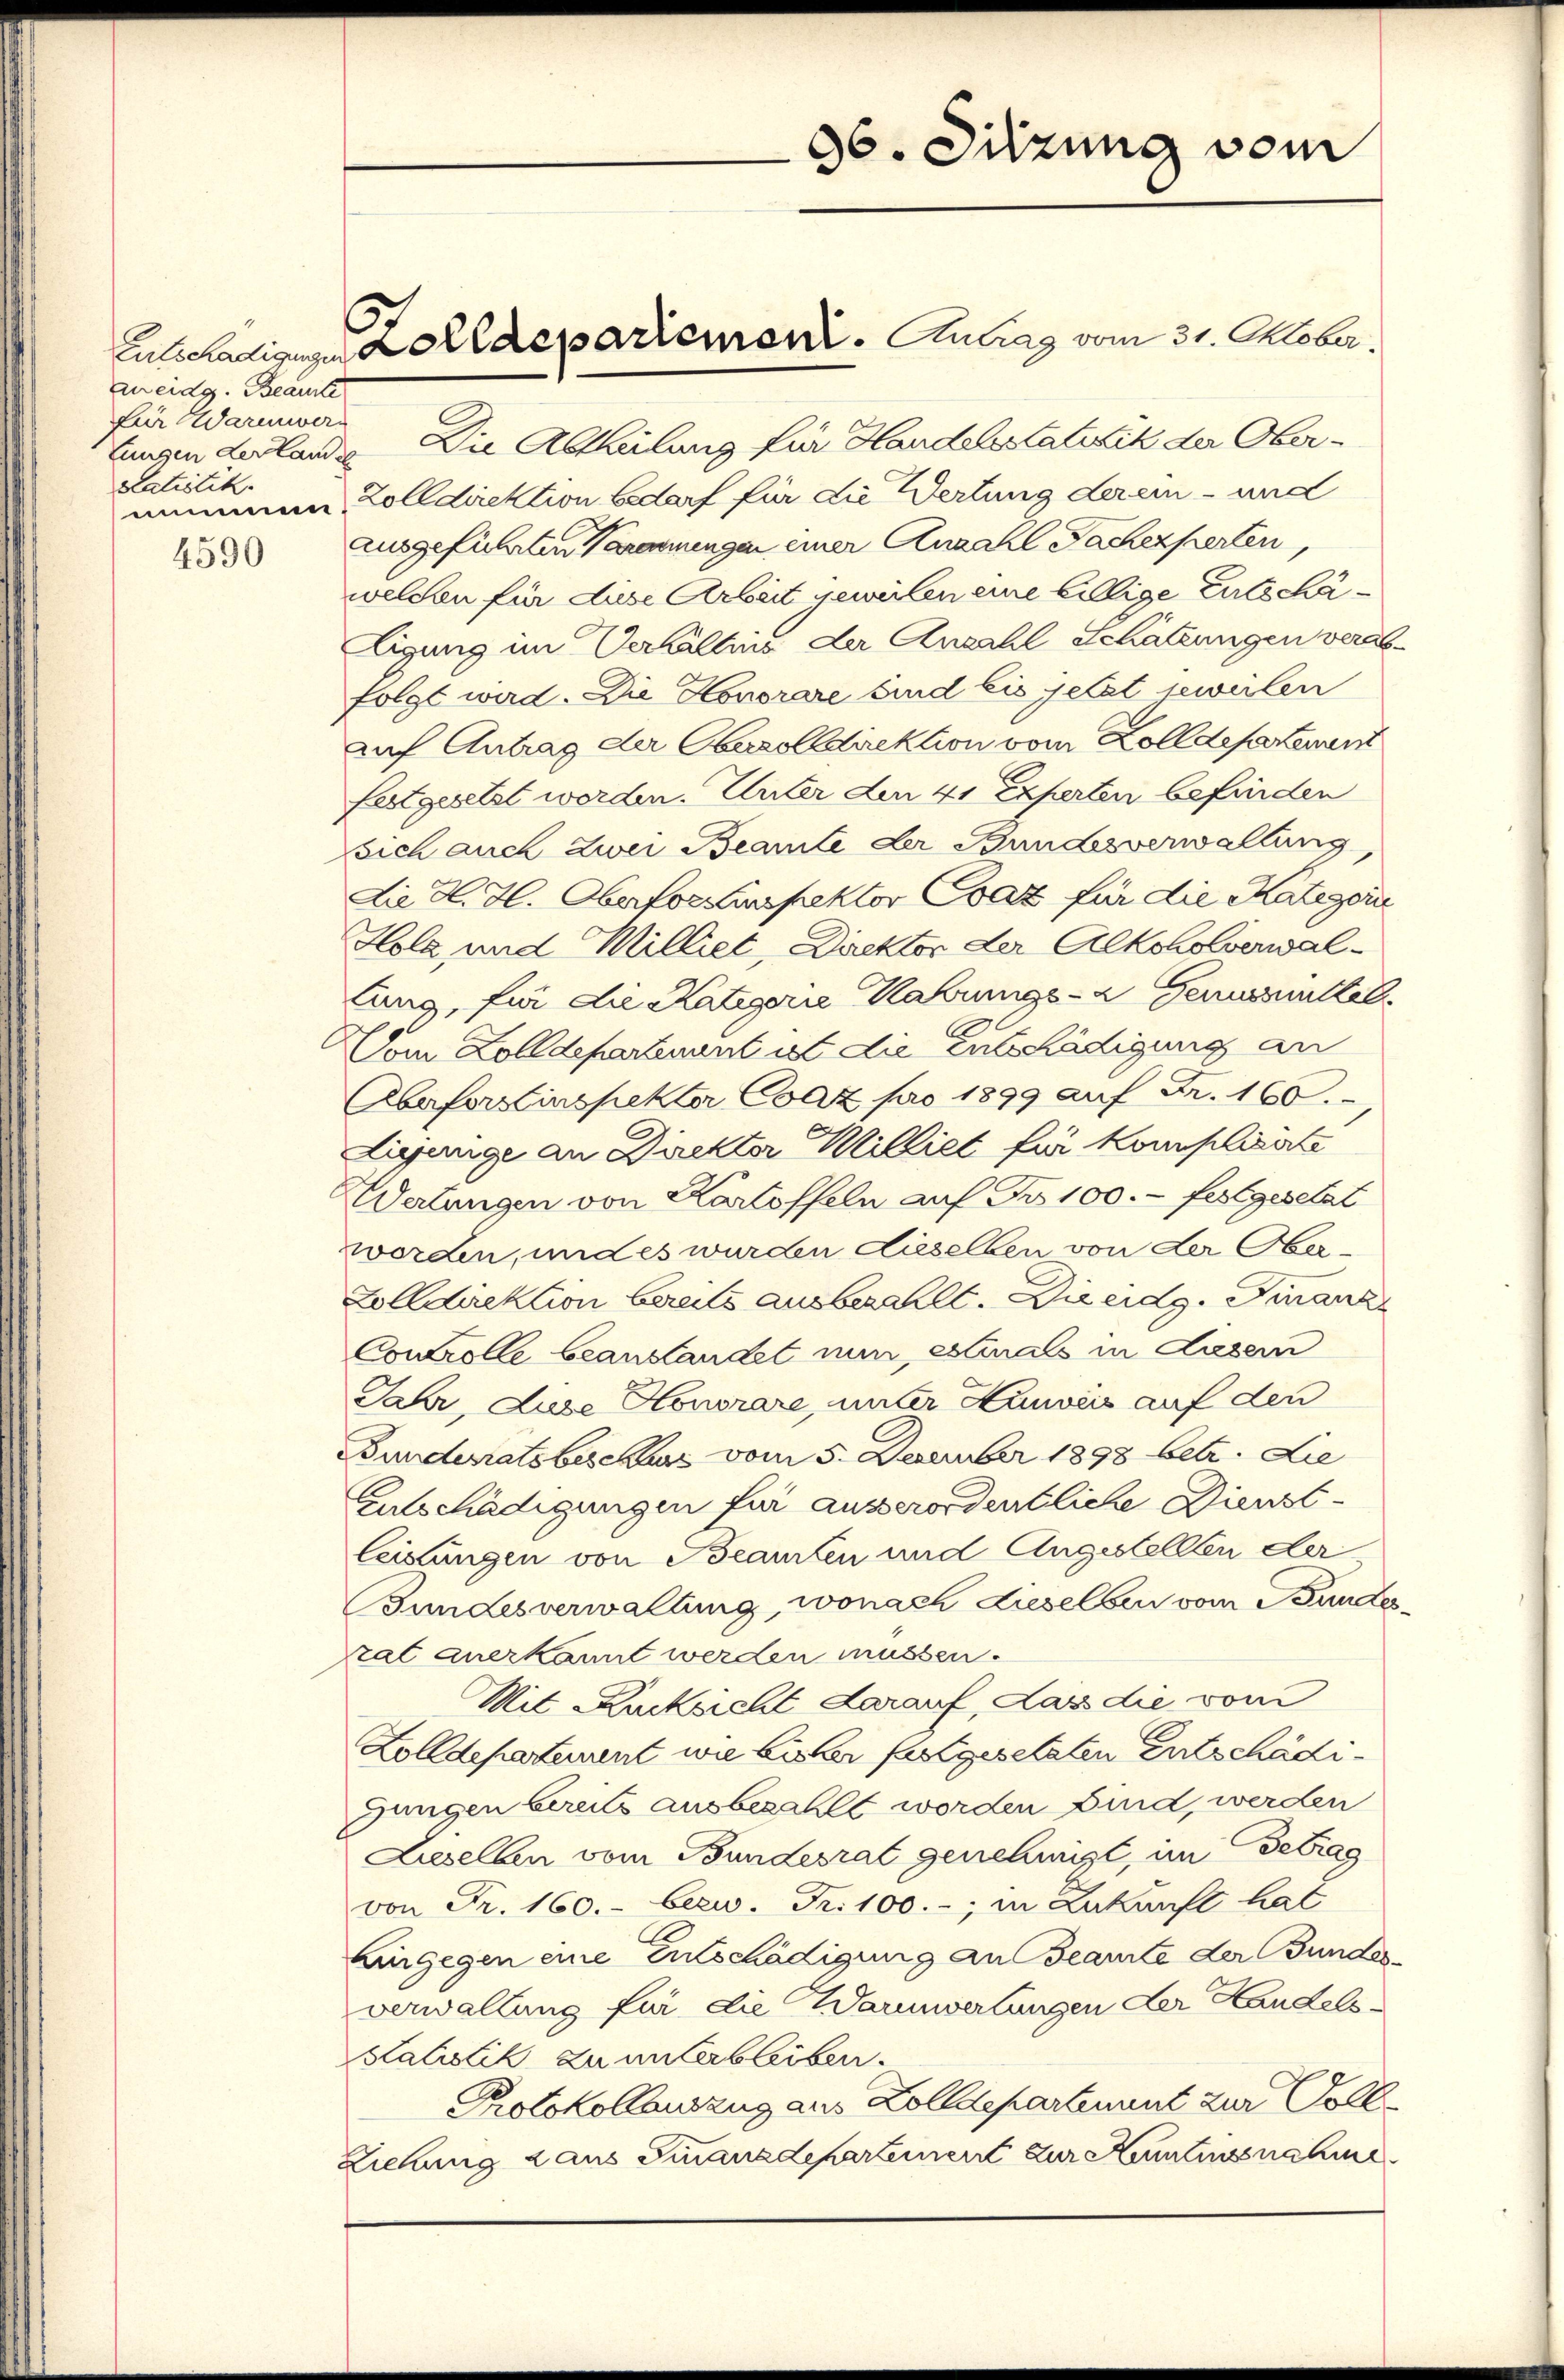
An eidg. Beaufte
für Warmwerptatistik.

4590

Entschädigungen Zolldepariement. Antrag vom 31. Oktober.

lungen der land. Die Abtheilung für Handelsstatitik der Obernimmen, Zolldirektion bedarf für die Wertung der ein - und
ausgeführten Veranningen einer Anzahl Sachexperten,
welchen für diese Arbeit jeweilen eine billige Entschäligung im Verhältnis der Anzahl Schätzungen verabfolgt wird. Die Honorare sind bis jetzt jeweilen
auf Antrag der Oberolldirektion vom Zolldepartement
Entgesetzt worden. Unter den 41 Experten befinden
sich auch zwei Beamte der Bundesverwaltung
Die H. H. Oberforinspektor Csáz für die Kategoin
Hola und Milliet, Direktor der Alkoholverwallung, für die Kategorie Nahrungs- u Germittel
om Zolldepartement ist die Entschädigung an
Abeforstinspekter Coaz pro 1899 auf Fr. 160.
Diejunge an Direktor Milliet für Komplisirte
Wertungen von Kartoffeln auf Fr. 100. festgesetzt
worden, und es wurden dieselben von der Ober¬
Zolldirektion bereits ausbezahlt. Die eidg. Finanz
Controlle beanstandet nun, estinals in Luzern
Jahr, Luze Honorare, unter Hinweis auf den
Bundesratsbercurs vom 5. Dezember 1898 betr. Lie
Entschädigungen für ausserordentliche Dienstleistungen von Beamten und Angestellten der
Bundesverwaltung, wonach dieselben vom Bundesrat anerkannt werden müssen.
Mit Rücksicht darauf, das die vom
Zolldepartement wie bisher festgesetzten Entschädi¬
Jungen bereits ausbezahlt worden sind, werden
Lieselben vom Bundesrat genehmigt, im Getrag
von Fr. 160.- bezw. Fr. 100.-, in Zukunft hat
Eingegen eine Entschädigung an Beamte der Bundesverwaltung für die Wannwertungen der Handels
Salistik zu unterbleiben.
Protokollauszug aus Zolldepartement zur Voll¬
Ziehung 2 aus Finanzdepartement zur Kenntnussnahme

86. Sitzung vom